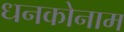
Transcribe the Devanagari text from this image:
धनकोनाम